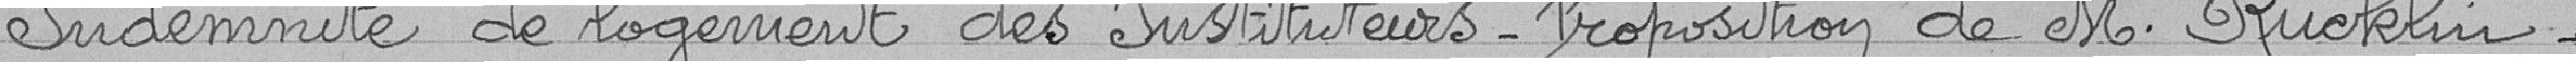
Indemnité de logement des Instituteurs - Proposition de M. Rucklin -